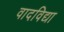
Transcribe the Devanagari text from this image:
वादविद्या